Civil Veterinary Dept. Bombay admin report 1900-1906 - 1900-1906
Year: 1900
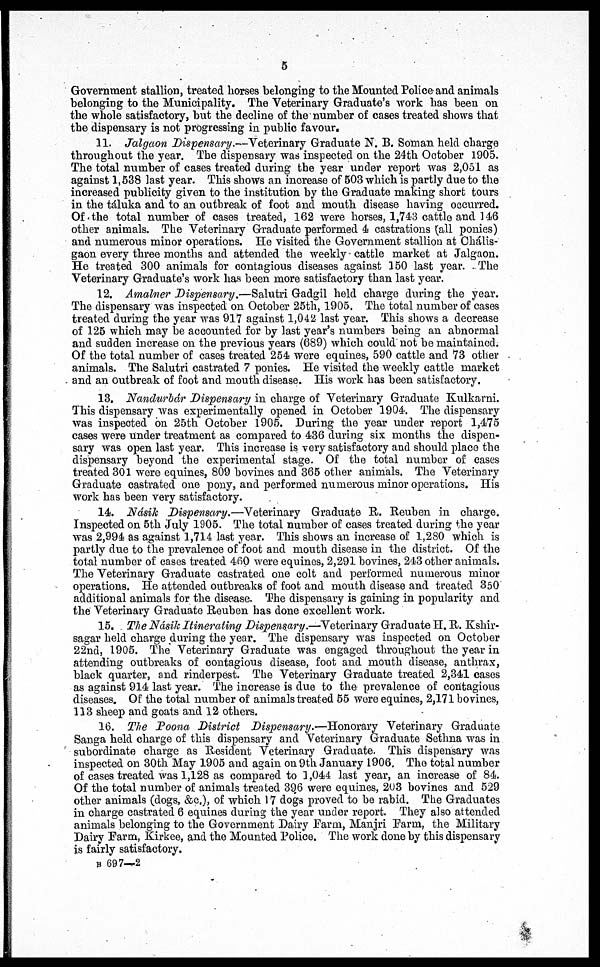
5
Government stallion, treated horses belonging to the Mounted Police and animals
belonging to the Municipality. The Veterinary Graduate's work has been on
the whole satisfactory, but the decline of the number of cases treated shows that
the dispensary is not progressing in public favour.
11. Jalgaon Dispensary.—Veterinary Graduate N. B. Soman held charge
throughout the year. The dispensary was inspected on the 24th October 1905.
The total number of cases treated during the year under report was 2,051 as
against 1,538 last year. This shows an increase of 503 which is partly due to the
increased publicity given to the institution by the Graduate making short tours
in the táluka and to an outbreak of foot and mouth disease having occurred.
Of the total number of cases treated, 162 were horses, 1,743 cattle and 146
other animals. The Veterinary Graduate performed 4 castrations (all ponies)
and numerous minor operations. He visited the Government stallion at Chális-
gaon every three months and attended the weekly cattle market at Jalgaon.
He treated 300 animals for contagious diseases against 150 last year. The
Veterinary Graduate's work has been more satisfactory than last year.
12. Amalner Dispensary.—Salutri Gadgil held charge during the year.
The dispensary was inspected on October 25th, 1905. The total number of cases
treated during the year was 917 against 1,042 last year. This shows a decrease
of 125 which may be accounted for by last year's numbers being an abnormal
and sudden increase on the previous years (689) which could not be maintained.
Of the total number of cases treated 254 were equines, 590 cattle and 73 other
animals. The Salutri castrated 7 ponies. He visited the weekly cattle market
and an outbreak of foot and mouth disease. His work has been satisfactory.
13. Nandurbár Dispensary in charge of Veterinary Graduate Kulkarni.
This dispensary was experimentally opened in October 1904. The dispensary
was inspected on 25th October 1905. During the year under report 1,475
cases were under treatment as compared to 436 during six months the dispen-
sary was open last year. This increase is very satisfactory and should place the
dispensary beyond the experimental stage. Of the total number of cases
treated 301 were equines, 809 bovines and 365 other animals. The Veterinary
Graduate castrated one pony, and performed numerous minor operations. His
work has been very satisfactory.
14. Násik Dispensary.—Veterinary Graduate R. Reuben in charge.
Inspected on 5th July 1905. The total number of cases treated during the year
was 2,994 as against 1,714 last year. This shows an increase of 1,280 which is
partly due to the prevalence of foot and mouth disease in the district. Of the
total number of cases treated 460 were equines, 2,291 bovines, 243 other animals.
The Veterinary Graduate castrated one colt and performed numerous minor
operations. He attended outbreaks of foot and mouth disease and treated 350
additional animals for the disease. The dispensary is gaining in popularity and
the Veterinary Graduate Reuben has done excellent work.
15. The Násik Itinerating Dispensary.—Veterinary Graduate H. R. Kshir-
sagar held charge during the year. The dispensary was inspected on October
22nd, 1905. The Veterinary Graduate was engaged throughout the year in
attending outbreaks of contagious disease, foot and mouth disease, anthrax,
black quarter, and rinderpest. The Veterinary Graduate treated 2,341 cases
as against 914 last year. The increase is clue to the prevalence of contagious
diseases. Of the total number of animals treated 55 were equines, 2,171 bovines,
113 sheep and goats and 12 others.
16. The Poona District Dispensary.—Honorary Veterinary Graduate
Sanga held charge of this dispensary and Veterinary Graduate Sethna was in
subordinate charge as Resident Veterinary Graduate. This dispensary was
inspected on 30th May 1905 and again on 9th January 1906. The total number
of cases treated was 1,128 as compared to 1,044 last year, an increase of 84.
Of the total number of animals treated 396 were equines, 203 bovines and 529
other animals (dogs, &c.), of which 17 dogs proved to be rabid. The Graduates
in charge castrated 6 equines during the year under report. They also attended
animals belonging to the Government Dairy Farm, Manjri Farm, the Military
Dairy Farm, Kirkee, and the Mounted Police. The work done by this dispensary
is fairly satisfactory.
B 697—2